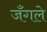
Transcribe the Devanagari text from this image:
जँगले